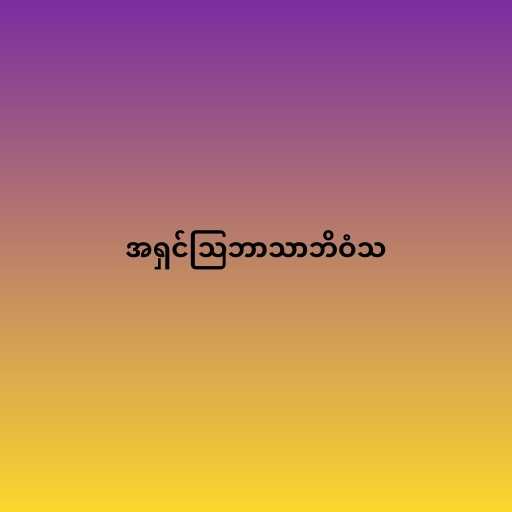
အရှင်သြဘာသာဘိဝံသ